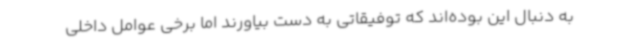
به دنبال این بوده‌اند که توفیقاتی به دست بیاورند اما برخی عوامل داخلی